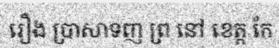
រឿង ប្រាសាទញ ព្រ នៅ ខេត្ត កែ